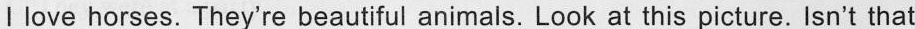
l love horses. They're beautiful animals. Look at this picture. Isn't that